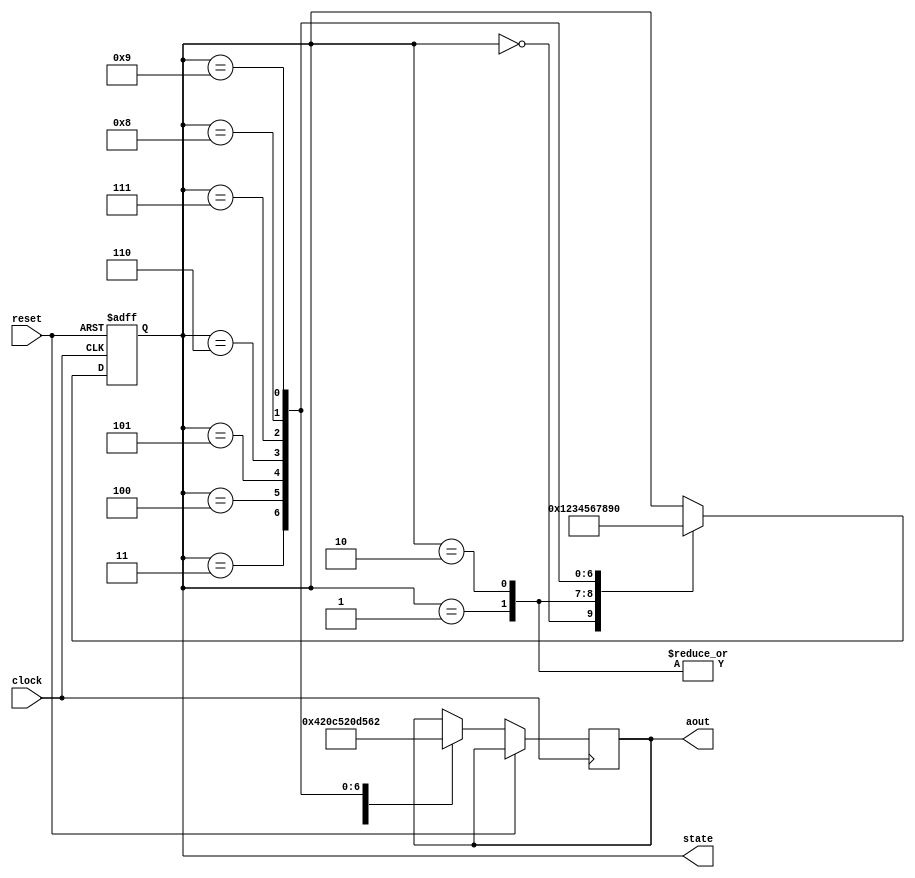
`timescale 1ns / 1ps
//////////////////////////////////////////////////////////////////////////////////
// Company: 
// Engineer: 
// 
// Design Name: 
// Module Name: Fib
// Project Name: 
// Target Devices: 
// Tool Versions: 
// Description: 
// 
// Dependencies: 
// 
// Revision:
// Revision 0.01 - File Created
// Additional Comments:
// 
//////////////////////////////////////////////////////////////////////////////////


module Fib(clock, reset, aout, state); //no ain needed the states cycle
    input clock, reset;
    output reg [5:0] aout;
    output reg [3:0] state;

    always @(posedge clock or posedge reset)
    begin
       if (reset == 1'b1)
       begin
            state <= 4'b0000;
       end
       else
       begin
            case(state)
                4'b0000:
                    begin
                    aout <= 6'b000000; // 0
                    state <= 4'b0001; // next state
                    end
                4'b0001:
                    begin
                    aout <= 6'b000001; // 1
                    state <= 4'b0010; // next state
                    end
                4'b0010:
                    begin
                    aout <= 6'b000001; // 1
                    state <= 4'b0011; // next state
                    end
                4'b0011:
                    begin
                    aout <= 6'b000010; // 2
                    state <= 4'b0100; // next state
                    end
                4'b0100:
                    begin
                    aout <= 6'b000011; // 3
                    state <= 4'b0101; // next state
                    end
                4'b0101:
                    begin
                    aout <= 6'b000101; // 5
                    state <= 4'b0110; // next state
                    end
                4'b0110:
                    begin
                    aout <= 6'b001000; // 8
                    state <= 4'b0111; // next state
                    end
                4'b0111:
                    begin
                    aout <= 6'b001101; // 13
                    state <= 4'b1000; // next state
                    end
                4'b1000:
                    begin
                    aout <= 6'b010101; // 21
                    state <= 4'b1001; // next state
                    end            
                4'b1001:
                    begin
                    aout <= 6'b100010; // 34
                    state <= 4'b0000; // next state
                    end            
            endcase         
       end      
        
    end    
endmodule